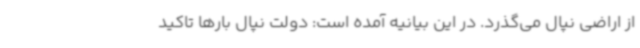
از اراضی نپال می‌گذرد. در این بیانیه آمده است: دولت نپال بارها تاکید